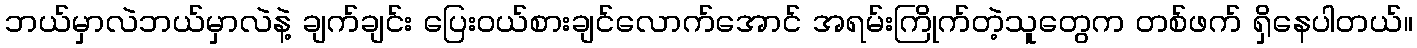
ဘယ်မှာလဲဘယ်မှာလဲနဲ့ ချက်ချင်း ပြေးဝယ်စားချင်လောက်အောင် အရမ်းကြိုက်တဲ့သူတွေက တစ်ဖက် ရှိနေပါတယ်။